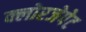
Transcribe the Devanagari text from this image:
क्लोरजेपेट